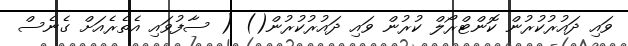
ވައި ދައުރުކުރުން ކޮންޓްރޯލް ކުރުން ވައި ދައުރުކުރުން() ( ސާފުވައި އެތެރެއަށް ގެނެސް